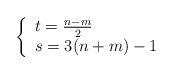
\begin{align*}\left\{\begin{array}{ll}t=\frac{n-m}{2} \\s=3(n+m)-1\end{array}\right. \end{align*}